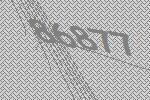
86877